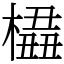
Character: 橻